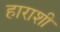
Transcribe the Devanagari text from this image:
हाराशी